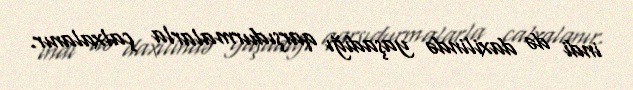
indi də daxilində yaşadığı qarşıdurmalarla çalxalanır.